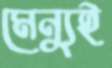
মেন্যুই